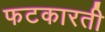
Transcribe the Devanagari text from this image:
फटकारती